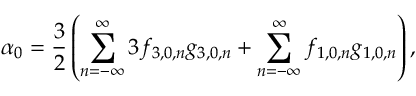
\alpha _ { 0 } = \displaystyle \frac { 3 } { 2 } \left( \displaystyle \sum _ { n = - \infty } ^ { \infty } { 3 f _ { 3 , 0 , n } g _ { 3 , 0 , n } } + \sum _ { n = - \infty } ^ { \infty } { f _ { 1 , 0 , n } g _ { 1 , 0 , n } } \right) ,